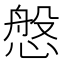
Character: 𢟁